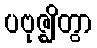
ပဗုဇ္ဈိတွာ